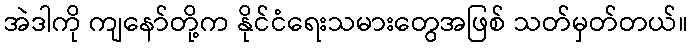
အဲဒါကို ကျနော်တို့က နိုင်ငံရေးသမားတွေအဖြစ် သတ်မှတ်တယ်။